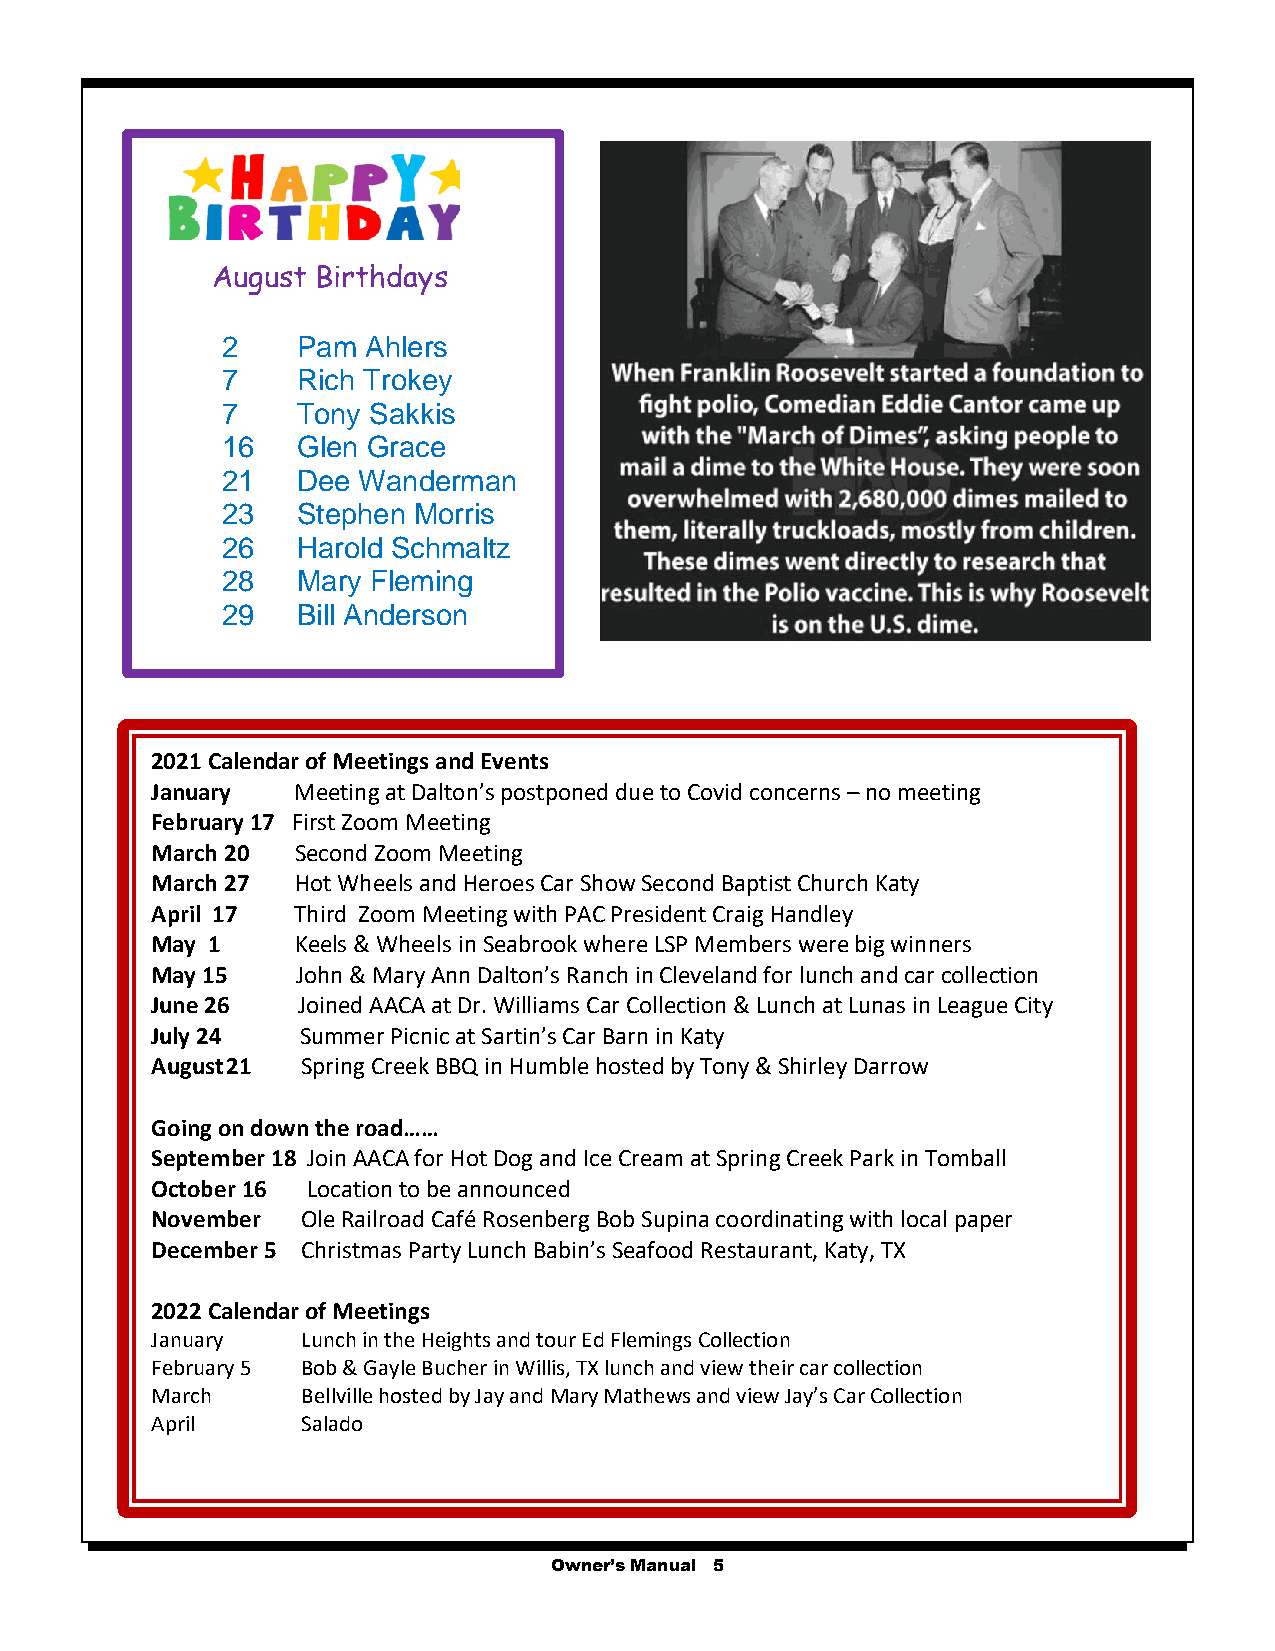
August Birthdays
 2    Pam Ahlers
 7    Rich Trokey
 7    Tony Sakkis
 16   Glen Grace
 21   Dee Wanderman
 23   Stephen Morris
 26   Harold Schmaltz
 28   Mary Fleming
 29   Bill Anderson
 2021 Calendar of Meetings and Events
 January  Meeting at Dalton’s postponed due to Covid concerns – no meeting
 February 17 First Zoom Meeting
 March 20  Second Zoom Meeting
 March 27  Hot Wheels and Heroes Car Show Second Baptist Church Katy
 April 17 Third Zoom Meeting with PAC President Craig Handley
 May 1     Keels & Wheels in Seabrook where LSP Members were big winners
 May 15    John & Mary Ann Dalton’s Ranch in Cleveland for lunch and car collection
 June 26   Joined AACA at Dr. Williams Car Collection & Lunch at Lunas in League City
 July 24   Summer Picnic at Sartin’s Car Barn in Katy
 August 21 Spring Creek BBQ in Humble hosted by Tony & Shirley Darrow
 Going on down the road……
 September 18 Join AACA for Hot Dog and Ice Cream at Spring Creek Park in Tomball
 October 16 Location to be announced
 November  Ole Railroad Café Rosenberg Bob Supina coordinating with local paper
 December 5 Christmas Party Lunch Babin’s Seafood Restaurant, Katy, TX
 2022 Calendar of Meetings
 January   Lunch in the Heights and tour Ed Flemings Collection
 February 5 Bob & Gayle Bucher in Willis, TX lunch and view their car collection
 March     Bellville hosted by Jay and Mary Mathews and view Jay’s Car Collection
 April     Salado
 Owner’s Manual 5